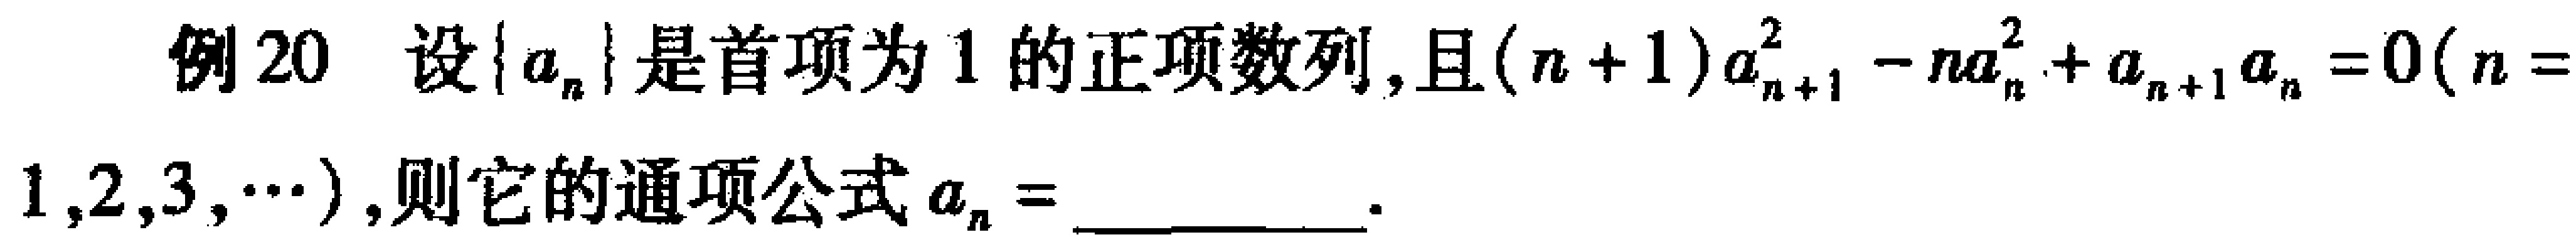
例20 设\(\{a_{n}\}\)是首项为\(1\)的正项数列，且\((n + 1)a_{n + 1}^{2}-na_{n}^{2}+a_{n + 1}a_{n}=0(n = 1,2,3,\cdots)\)，则它的通项公式\(a_{n}=\)__________。